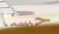
حسنا